Indian Civil Veterinary Department memoirs
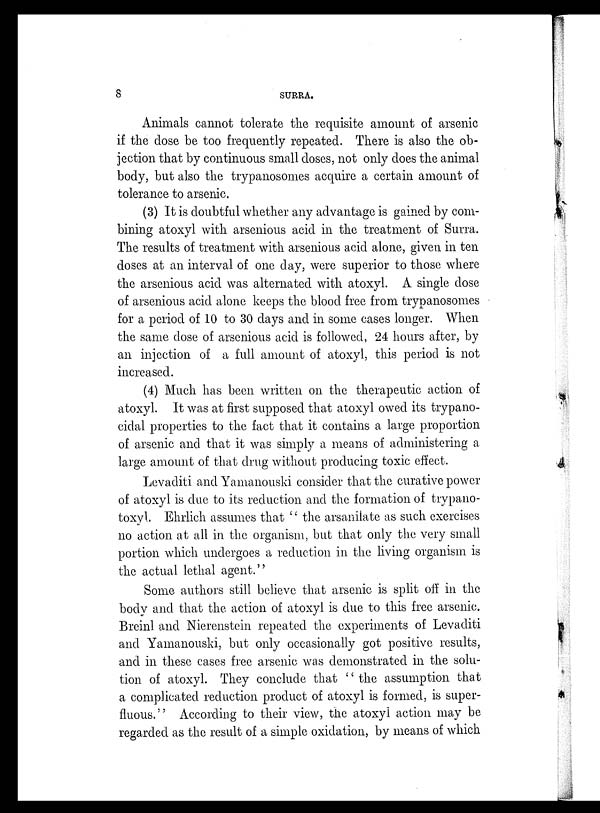
8
SURRA.
Animals cannot tolerate the requisite amount of arsenic
if the dose be too frequently repeated. There is also the ob-
jection that by continuous small doses, not only does the animal
body, but also the trypanosomes acquire a certain amount of
tolerance to arsenic.
(3) It is doubtful whether any advantage is gained by com-
bining atoxyl with arsenious acid in the treatment of Surra.
The results of treatment with arsenious acid alone, given in ten
doses at an interval of one day, were superior to those where
the arsenious acid was alternated with atoxyl. A single dose
of arsenious acid alone keeps the blood free from trypanosomes
for a period of 10 to 30 days and in some cases longer. When
the same dose of arsenious acid is followed, 24 hours after, by
an injection of a full amount of atoxyl, this period is not
increased.
(4) Much has been written on the therapeutic action of
atoxyl. It was at first supposed that atoxyl owed its trypano-
cidal properties to the fact that it contains a large proportion
of arsenic and that it was simply a means of administering a
large amount of that drug without producing toxic effect.
Levaditi and Yamanouski consider that the curative power
of atoxyl is due to its reduction and the formation of trypano-
toxyl. Ehrlich assumes that "the arsanilate as such exercises
no action at all in the organism, but that only the very small
portion which undergoes a reduction in the living organism is
the actual lethal agent."
Some authors still believe that arsenic is split off in the
body and that the action of atoxyl is due to this free arsenic.
Breinl and Nierenstein repeated the experiments of Levaditi
and Yamanouski, but only occasionally got positive results,
and in these cases free arsenic was demonstrated in the solu-
tion of atoxyl. They conclude that "the assumption that
a complicated reduction product of atoxyl is formed, is super-
fluous." According to their view, the atoxyl action may be
regarded as the result of a simple oxidation, by means of which